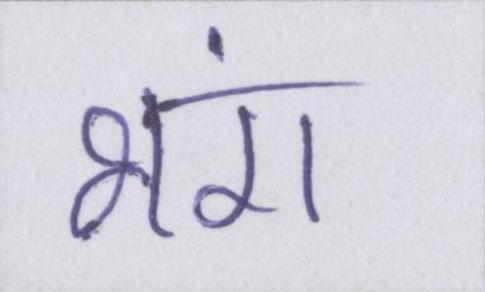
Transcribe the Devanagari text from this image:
भंग